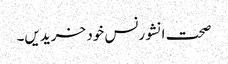
صحت انشورنس خود خریدیں۔